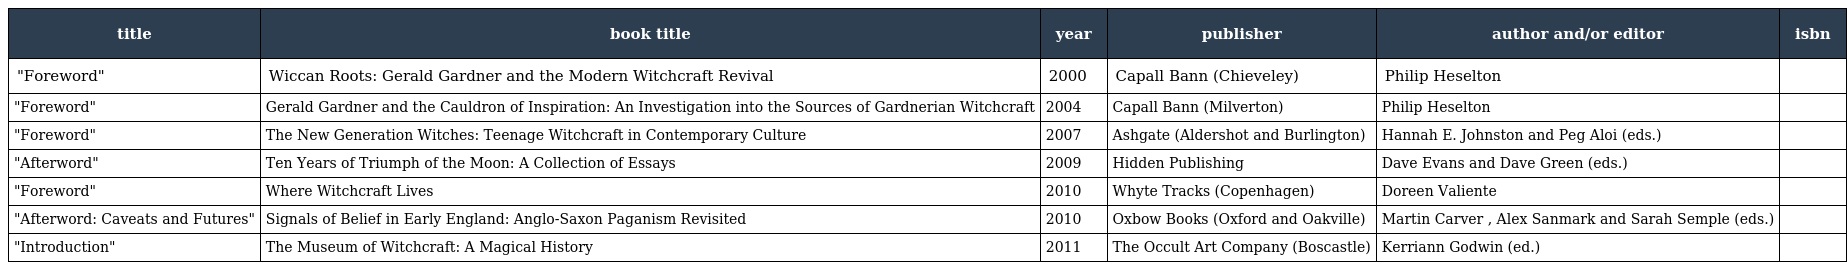
| title | book title | year | publisher | author and/or editor | isbn |
 | --- | --- | --- | --- | --- | --- |
 | "Foreword" | Wiccan Roots: Gerald Gardner and the Modern Witchcraft Revival | 2000 | Capall Bann (Chieveley) | Philip Heselton |  |
 | "Foreword" | Gerald Gardner and the Cauldron of Inspiration: An Investigation into the Sources of Gardnerian Witchcraft | 2004 | Capall Bann (Milverton) | Philip Heselton |  |
 | "Foreword" | The New Generation Witches: Teenage Witchcraft in Contemporary Culture | 2007 | Ashgate (Aldershot and Burlington) | Hannah E. Johnston and Peg Aloi (eds.) |  |
 | "Afterword" | Ten Years of Triumph of the Moon: A Collection of Essays | 2009 | Hidden Publishing | Dave Evans and Dave Green (eds.) |  |
 | "Foreword" | Where Witchcraft Lives | 2010 | Whyte Tracks (Copenhagen) | Doreen Valiente |  |
 | "Afterword: Caveats and Futures" | Signals of Belief in Early England: Anglo-Saxon Paganism Revisited | 2010 | Oxbow Books (Oxford and Oakville) | Martin Carver , Alex Sanmark and Sarah Semple (eds.) |  |
 | "Introduction" | The Museum of Witchcraft: A Magical History | 2011 | The Occult Art Company (Boscastle) | Kerriann Godwin (ed.) |  |